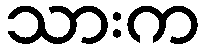
သားက